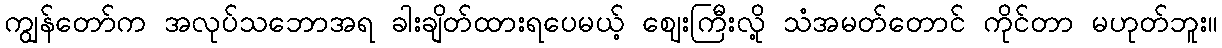
ကျွန်တော်က အလုပ်သဘောအရ ခါးချိတ်ထားရပေမယ့် ဈေးကြီးလို့ သံအမတ်တောင် ကိုင်တာ မဟုတ်ဘူး။